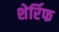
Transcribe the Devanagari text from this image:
शेर्रिफ